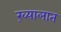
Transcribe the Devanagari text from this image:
ख़्यालात